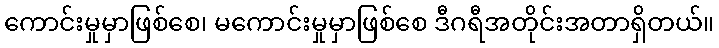
ကောင်းမှုမှာဖြစ်စေ၊ မကောင်းမှုမှာဖြစ်စေ ဒီဂရီအတိုင်းအတာရှိတယ်။